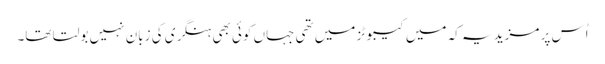
اُس پر مزید یہ کہ میں کیبوٹز میں تھی جہاں کوئی بھی ہنگری کی زبان نہیں بولتا تھا۔